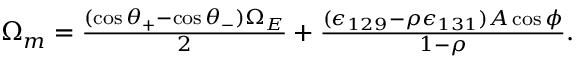
\begin{array} { r } { ~ \Omega _ { m } = \frac { ( \cos \theta _ { + } - \cos \theta _ { - } ) \Omega _ { E } } { 2 } + \frac { ( \epsilon _ { 1 2 9 } - \rho \epsilon _ { 1 3 1 } ) A \cos \phi } { 1 - \rho } . } \end{array}